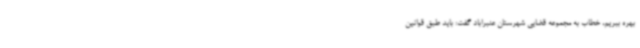
بهره ببریم، خطاب به مجموعه قضایی شهرستان عنبراباد گفت: باید طبق قوانین